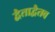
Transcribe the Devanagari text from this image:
द्वैताद्वैतव